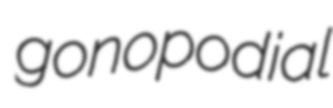
gonopodial